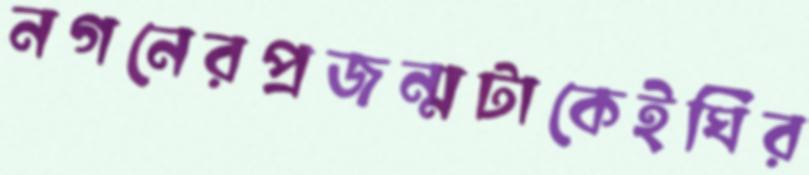
নগনেরপ্রজন্মটাকেইঘির